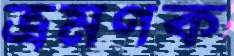
ভ্রমণক